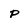
Character: P